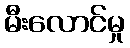
မီးလောင်မှု